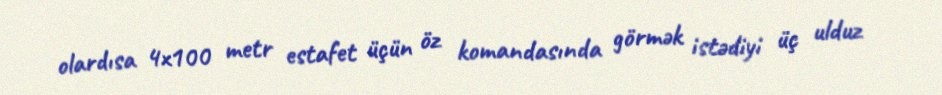
olardısa 4x100 metr estafet üçün öz komandasında görmək istədiyi üç ulduz